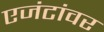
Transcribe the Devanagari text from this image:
एजंटांवर